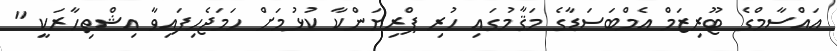
އައްސާމްގެ ޓޫރިޒަމް އެމްބަސަޑާގެ މަޤާމުގައި ހުރި ޕްރިޔަންކާ ކުޅުމަށް ހަމަޖެހިފައިވާ އިޝްތިހާރަކީ "